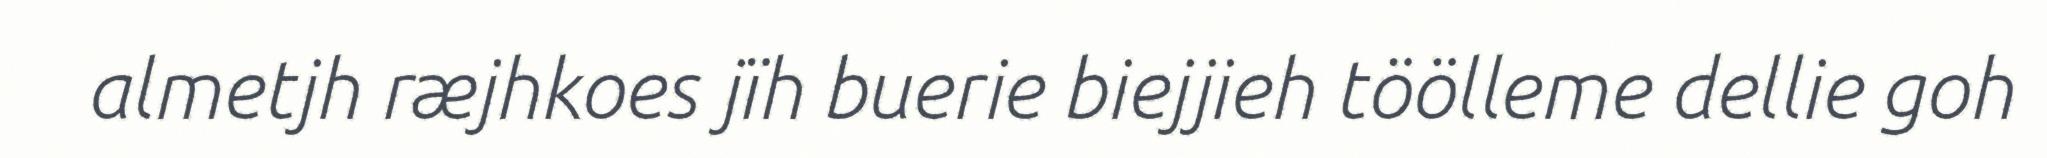
almetjh ræjhkoes jïh buerie biejjieh töölleme dellie goh